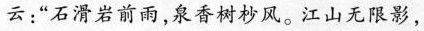
云：”石滑岩前雨，泉香树杪风。江山无限影，